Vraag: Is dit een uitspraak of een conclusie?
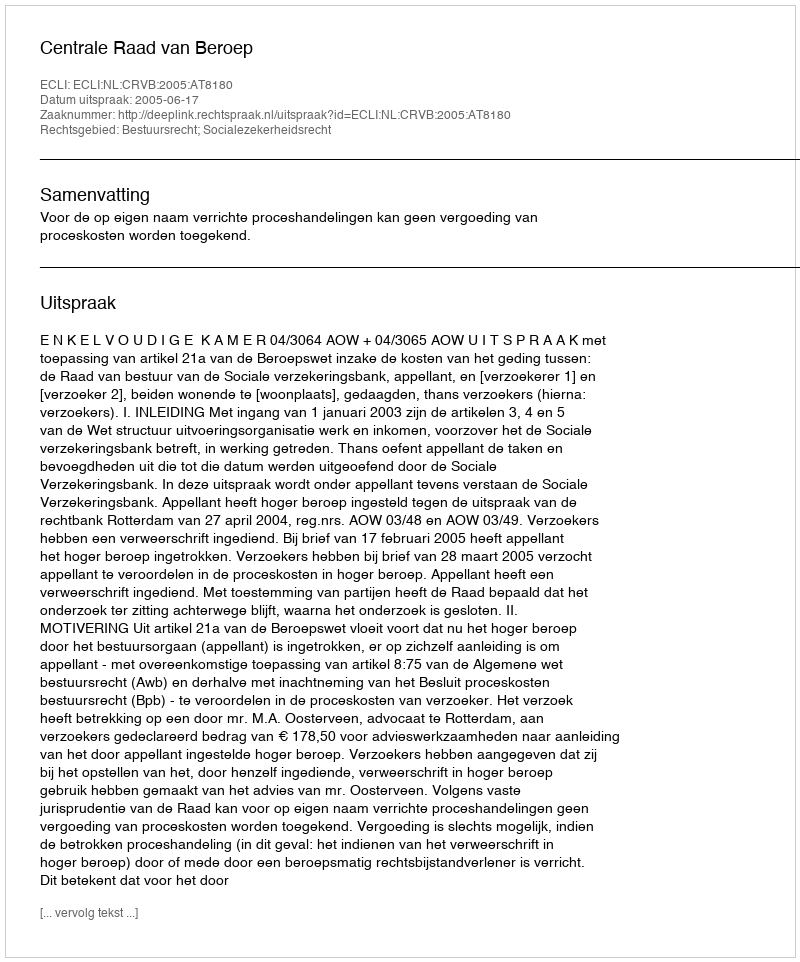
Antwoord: Uitspraak